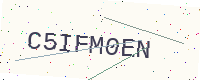
Text: C5IFM0EN